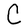
Character: C